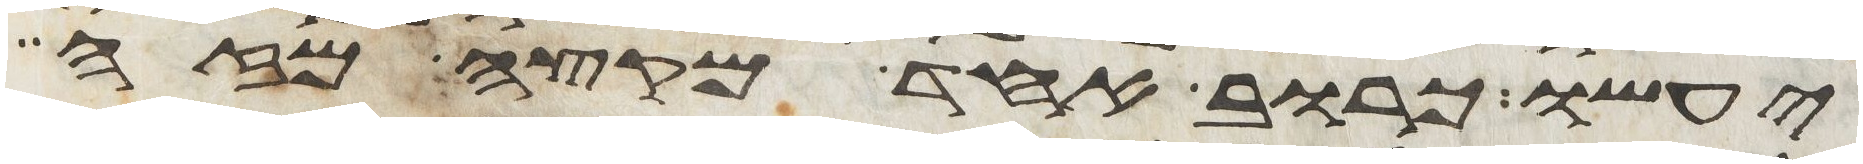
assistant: יעשו כרוב אחד מקצה מזה